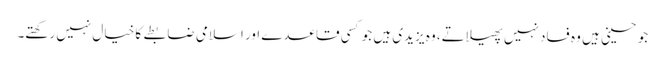
جو حسینی ہیں وہ فساد نہیں پھیلاتے، وہ یزیدی ہیں جو کسی قاعدے اور اسلامی ضابطے کا خیال نہیں رکھتے۔